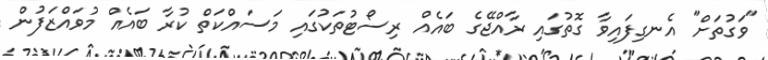
"ވަގުތަށް" އެނގިފައިވާ ގޮތުގައި ރާއްޖޭގެ ބައެއް ރިސޯޓުތަކުގައި މަސައްކަތް ކުރާ ބައެއް މުވައްޒަފުން